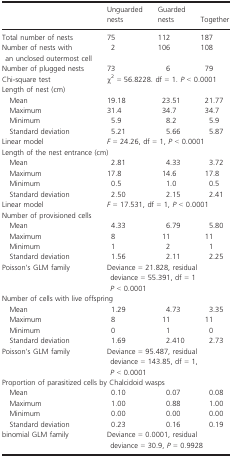
<table><thead><tr><td></td><td><b>Unguarded nests</b></td><td><b>Guarded nests</b></td><td><b>Together</b></td></tr></thead><tbody><tr><td>Total number of nests</td><td>75</td><td>112</td><td>187</td></tr><tr><td>Number of nests with an unclosed outermost cell</td><td>2</td><td>106</td><td>108</td></tr><tr><td>Number of plugged nests</td><td>73</td><td>6</td><td>79</td></tr><tr><td>Chi‐square test</td><td colspan="3">χ<sup>2</sup> = 56.8228. df = 1. <i>P</i> &lt; 0.0001</td></tr><tr><td colspan="4">Length of nest (cm)</td></tr><tr><td>Mean</td><td>19.18</td><td>23.51</td><td>21.77</td></tr><tr><td>Maximum</td><td>31.4</td><td>34.7</td><td>34.7</td></tr><tr><td>Minimum</td><td>5.9</td><td>8.2</td><td>5.9</td></tr><tr><td>Standard deviation</td><td>5.21</td><td>5.66</td><td>5.87</td></tr><tr><td>Linear model</td><td colspan="3"><i>F</i> = 24.26, df = 1, <i>P</i> &lt; 0.0001</td></tr><tr><td colspan="4">Length of the nest entrance (cm)</td></tr><tr><td>Mean</td><td>2.81</td><td>4.33</td><td>3.72</td></tr><tr><td>Maximum</td><td>17.8</td><td>14.6</td><td>17.8</td></tr><tr><td>Minimum</td><td>0.5</td><td>1.0</td><td>0.5</td></tr><tr><td>Standard deviation</td><td>2.50</td><td>2.15</td><td>2.41</td></tr><tr><td>Linear model</td><td colspan="3"><i>F</i> = 17.531, df = 1, <i>P</i> &lt; 0.0001</td></tr><tr><td colspan="4">Number of provisioned cells</td></tr><tr><td>Mean</td><td>4.33</td><td>6.79</td><td>5.80</td></tr><tr><td>Maximum</td><td>8</td><td>11</td><td>11</td></tr><tr><td>Minimum</td><td>1</td><td>2</td><td>1</td></tr><tr><td>Standard deviation</td><td>1.56</td><td>2.11</td><td>2.25</td></tr><tr><td>Poisson&#x27;s GLM family</td><td colspan="3">Deviance = 21.828, residual deviance = 55.391, df = 1 <i>P</i> &lt; 0.0001</td></tr><tr><td colspan="4">Number of cells with live offspring</td></tr><tr><td>Mean</td><td>1.29</td><td>4.73</td><td>3.35</td></tr><tr><td>Maximum</td><td>8</td><td>11</td><td>11</td></tr><tr><td>Minimum</td><td>0</td><td>1</td><td>0</td></tr><tr><td>Standard deviation</td><td>1.69</td><td>2.410</td><td>2.73</td></tr><tr><td>Poisson&#x27;s GLM family</td><td colspan="3">Deviance = 95.487, residual deviance = 143.85, df = 1, <i>P</i> &lt; 0.0001</td></tr><tr><td colspan="4">Proportion of parasitized cells by Chalcidoid wasps</td></tr><tr><td>Mean</td><td>0.10</td><td>0.07</td><td>0.08</td></tr><tr><td>Maximum</td><td>1.00</td><td>0.88</td><td>1.00</td></tr><tr><td>Minimum</td><td>0.00</td><td>0.00</td><td>0.00</td></tr><tr><td>Standard deviation</td><td>0.23</td><td>0.16</td><td>0.19</td></tr><tr><td>binomial GLM family</td><td colspan="3">Deviance = 0.0001, residual deviance = 30.9, <i>P</i> = 0.9928</td></tr></tbody></table>